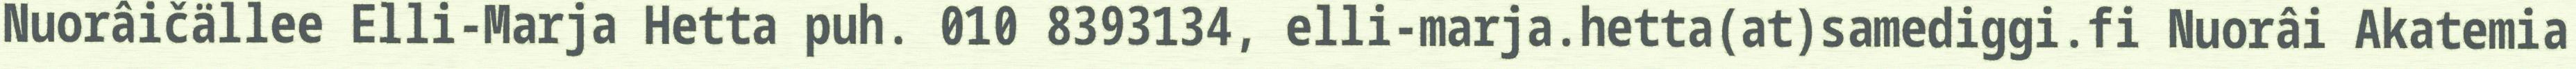
Nuorâičällee Elli-Marja Hetta puh. 010 8393134, elli-marja.hetta(at)samediggi.fi Nuorâi Akatemia